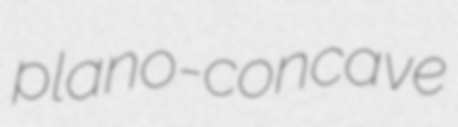
plano-concave